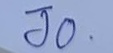
Jo .